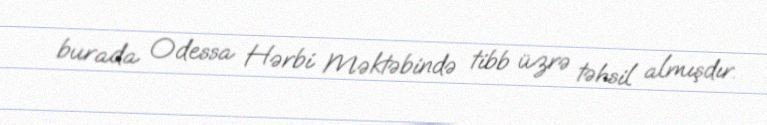
burada Odessa Hərbi Məktəbində tibb üzrə təhsil almışdır.